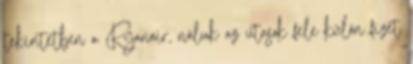
tekintetben a Ryanair, náluk az utasok fele külön fizet